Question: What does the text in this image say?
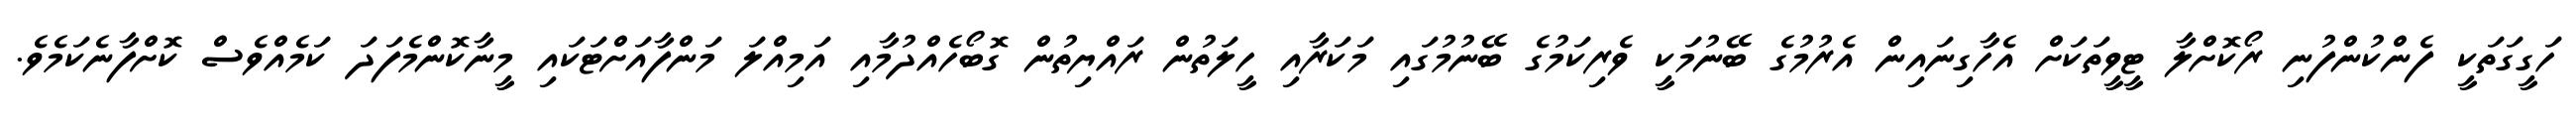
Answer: ހަގީގަތަކީ ފެންކުންފުނި ރޯކޮށްލާ ޓީވީތަކަށް އެހާގިނައިން އެރުމުގެ ބޭނުމަކީ ވެރިކަމުގެ ބޭނުމުގައި މަކަރާއި ހީލަތުން ރައްޔިތުން ގޮބޯހެއްދުމާއި އަމިއްލަ މަންފާއަށްޓަކައި މީނާކޮންމެފަދަ ކަމެއްވެސް ކޮށްފާނެކަމެވެ.